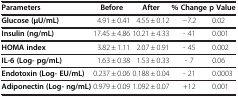
<table><thead><tr><td><b>Parameters</b></td><td><b>Before</b></td><td><b>After</b></td><td><b>% Change</b></td><td><b>p Value</b></td></tr></thead><tbody><tr><td><b>Glucose (μU/mL)</b></td><td>4.91 ± 0.41</td><td>4.55 ± 0.12</td><td>−7.2</td><td>0.02</td></tr><tr><td><b>Insulin (ng/mL)</b></td><td>17.45 ± 4.86</td><td>10.21 ± 4.33</td><td>- 41</td><td>0.001</td></tr><tr><td><b>HOMA index</b></td><td>3.82 ± 1.11</td><td>2.07 ± 0.91</td><td>- 45</td><td>0.002</td></tr><tr><td><b>IL-6 (Log- pg/mL)</b></td><td>1.63 ± 0.38</td><td>1.53 ± 0.33</td><td>- 7</td><td>0.06</td></tr><tr><td><b>Endotoxin (Log- EU/mL)</b></td><td>0.237 ± 0.06</td><td>0.188 ± 0.04</td><td>- 21</td><td>0.0003</td></tr><tr><td><b>Adiponectin (Log- ng/mL)</b></td><td>0.979 ± 0.09</td><td>1.092 ± 0.07</td><td>+12</td><td>0.001</td></tr></tbody></table>